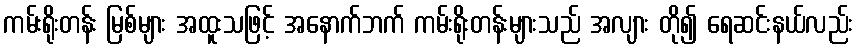
ကမ်းရိုးတန်း မြစ်များ အထူးသဖြင့် အနောက်ဘက် ကမ်းရိုးတန်းများသည် အလျား တို၍ ရေဆင်းနယ်လည်း